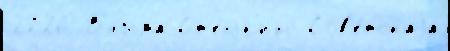
2726 В'язьма Ст'еньк'ино Сов'е́тскаjа